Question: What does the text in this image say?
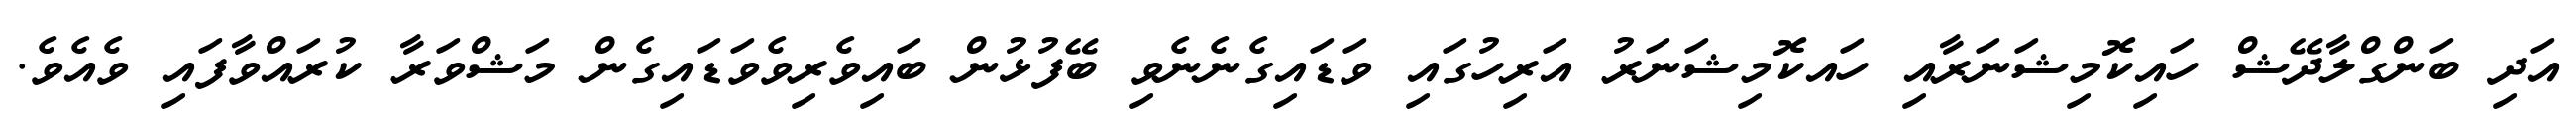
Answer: އަދި ބަންގްލާދޭޝް ހައިކޮމިޝަނަރާއި ހައކޮމިޝަނަރު އަރިހުގައި ވަޑައިގެނެނެވި ބޭފުޅުން ބައިވެރިވެވަޑައިގެން މަޝްވަރާ ކުރައްވާފައި ވެއެވެ.